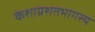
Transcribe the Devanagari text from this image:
केशाग्रशतभागस्य